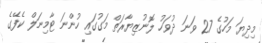
މިދިޔަ މަހުގެ 27 ވަނަ ދުވަހު ލޮނުޒިޔާރަތް މަގުގައި ހުންނަ ޓާމިނަލް ކެފޭގެ